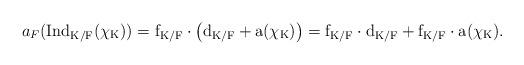
LaTeX: \begin{align*} a_F(\rm{Ind}_{K/F}(\chi_K))=f_{K/F}\cdot\left(d_{K/F}+a(\chi_K)\right)=f_{K/F}\cdot d_{K/F}+f_{K/F}\cdot a(\chi_K).\end{align*}